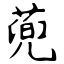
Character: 蔸